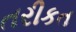
તરીકત